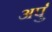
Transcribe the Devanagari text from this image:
अर्पुं